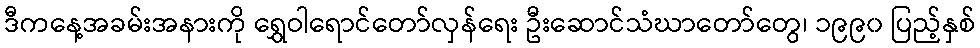
ဒီကနေ့အခမ်းအနားကို ရွှေဝါရောင်တော်လှန်ရေး ဦးဆောင်သံဃာတော်တွေ၊ ၁၉၉၀ ပြည့်နှစ်